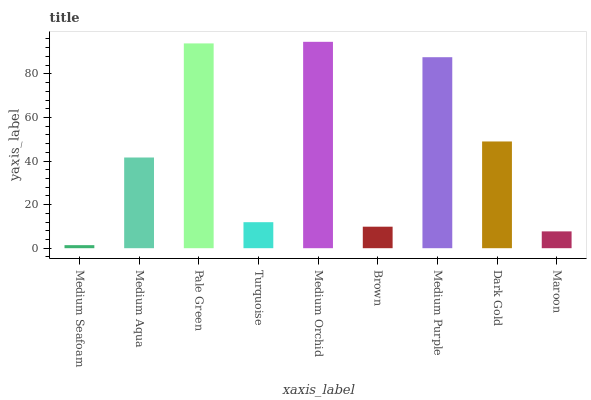
| xaxis_label | bars |
 | --- | --- |
 | Medium Seafoam | 1.4 |
 | Medium Aqua | 41.6 |
 | Pale Green | 94 |
 | Turquoise | 11.9 |
 | Medium Orchid | 94.7 |
 | Brown | 9.87 |
 | Medium Purple | 87.6 |
 | Dark Gold | 49 |
 | Maroon | 7.72 |